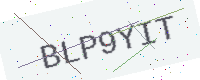
Text: BLP9YIT